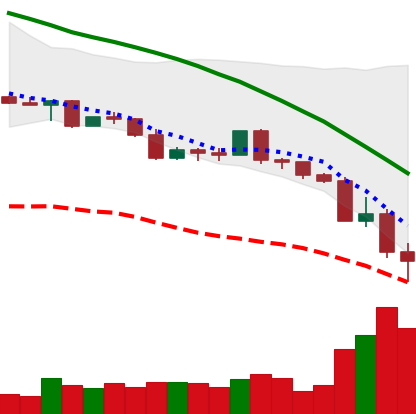
Ticker: LINK-USD
Chart end date: 2022-05-12
Forward return: 17.6%
Label: up_7plus